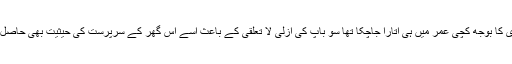
سب سے بڑی کا بوجھ کچی عمر میں ہی اتارا جاچکا تھا سو باپ کی ازلی لا تعلقی کے باعث اسے اس گھر کے سرپرست کی حیثیت بھی حاصل ہو گئی تھی۔